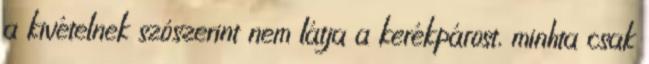
a kivételnek szószerint nem látja a kerékpárost, minhta csak